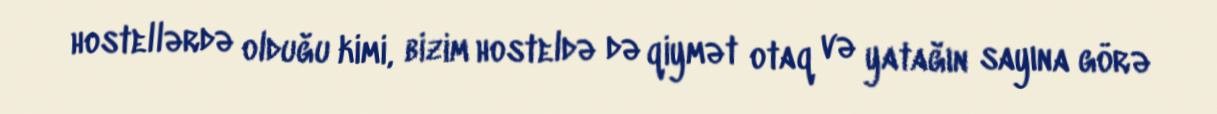
hostellərdə olduğu kimi, bizim hosteldə də qiymət otaq və yatağın sayına görə